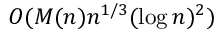
O ( M ( n ) n ^ { 1 / 3 } ( \log n ) ^ { 2 } )